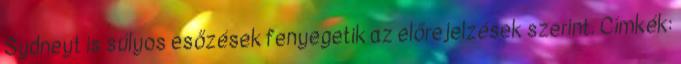
Sydneyt is súlyos esőzések fenyegetik az előrejelzések szerint. Címkék: